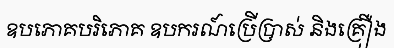
ឧបភោគបរិភោគ ឧបករណ៍ប្រើប្រាស់ និងគ្រឿង